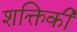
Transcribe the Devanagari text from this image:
शक्तिकी